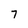
Character: 7